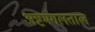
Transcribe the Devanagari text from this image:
अष्टमंगलताल